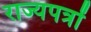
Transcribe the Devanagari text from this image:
राज्यपत्रों